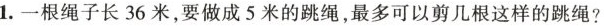
1.一根绳子长36米，要做成5米的跳绳，最多可以剪几根这样的跳绳?